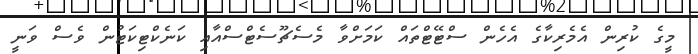
މީގެ ކުރިން އެމެރިކާގެ އެހެން ސްޓޭޓްތައް ކަމަށްވާ މެސެޗޫސެޓްސްއާއި ކަނެކްޓިކަޓުން ވެސް ވަނީ